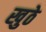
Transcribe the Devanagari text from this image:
खुठे